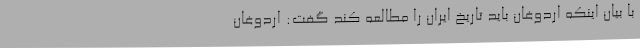
با بیان اینکه اردوغان باید تاریخ ایران را مطالعه کند گفت: اردوغان